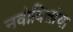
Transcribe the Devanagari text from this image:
नवोदितांचा